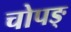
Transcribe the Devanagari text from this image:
चोपङ्